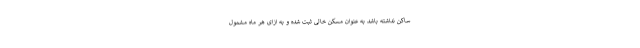
ساکن نداشته باشد به عنوان مسکن خالی ثبت شده و به ازای هر ماه مشمول